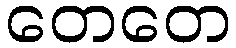
တေတေ